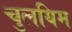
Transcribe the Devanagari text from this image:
चुलयिम